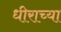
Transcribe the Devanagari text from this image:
धीराच्या